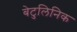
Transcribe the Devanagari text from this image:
बेटुलिनिक